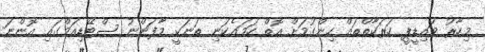
މިހާރު ވައިޑީޕީ ހަރަކާތްތައް ހިންގުމަށް އޮތް ހަމައެކަނި ތަނަކީ މާފަންނު ސްޓޭޑިއަމްގައި އޮންނަ